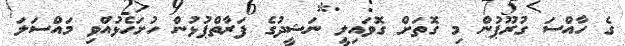
ގެ ހާއްސަ ގުރޫޕުން މި ގޮތަށް ގޮވައިލީ ނަޝީދުގެ ފަރާތްޕުޅުން ހުށަހެޅުއްވި މައްސަލަ